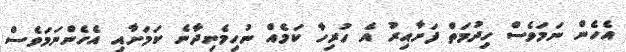
އެހެން ނަަމަވެސް ހިދުމަތް ފަށާއިރު އެ ހުރިހާ ކަމެއް ނުހިމެނިދާނެ ކަަމަށާއި އެހެންނަމަވެސް